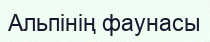
Альпінің фаунасы